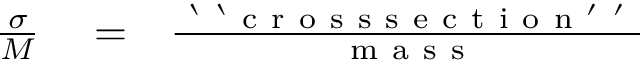
\begin{array} { r l r } { \frac { \sigma } { M } } & { { } = } & { \frac { \mathrm { ~ ` ~ ` ~ c ~ r ~ o ~ s ~ s ~ s ~ e ~ c ~ t ~ i ~ o ~ n ~ ' ~ ' ~ } } { \mathrm { ~ m ~ a ~ s ~ s ~ } } } \end{array}